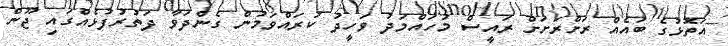
އަތޮޅުގެ ބައެއް ރަށްރަށަށް ރައީސް މުހައްމަދު ވަހީދު ކުރައްވަމުން ގެންދަވާ ދަތުރުފުޅެއްގައި ޖޫން